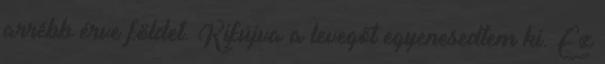
arrébb érve földet. Kifújva a levegőt egyenesedtem ki. Ez